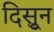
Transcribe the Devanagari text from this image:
दिसुून